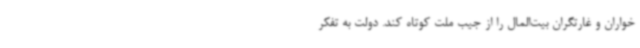
خواران و غارتگران بیت‌المال را از جیب ملت کوتاه کند. دولت به تفکر